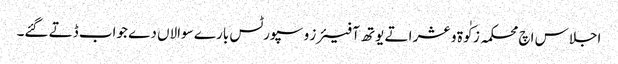
اجلاس اچ محکمہ زکٰوة و عشر اتے یوتھ آفیئرز و سپورٹس بارے سوالاں دے جواب ڈتے گئے۔